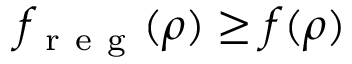
f _ { \mathrm { ~ r ~ e ~ g ~ } } ( \rho ) \geq f ( \rho )